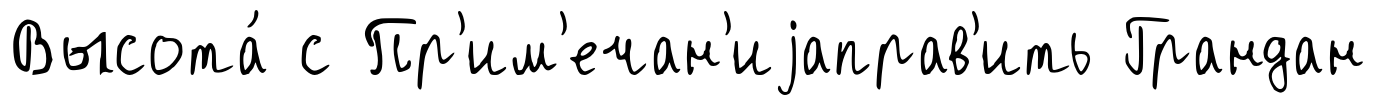
Высота́ с Пр'им'ечан'иjаправ'ить Грандан